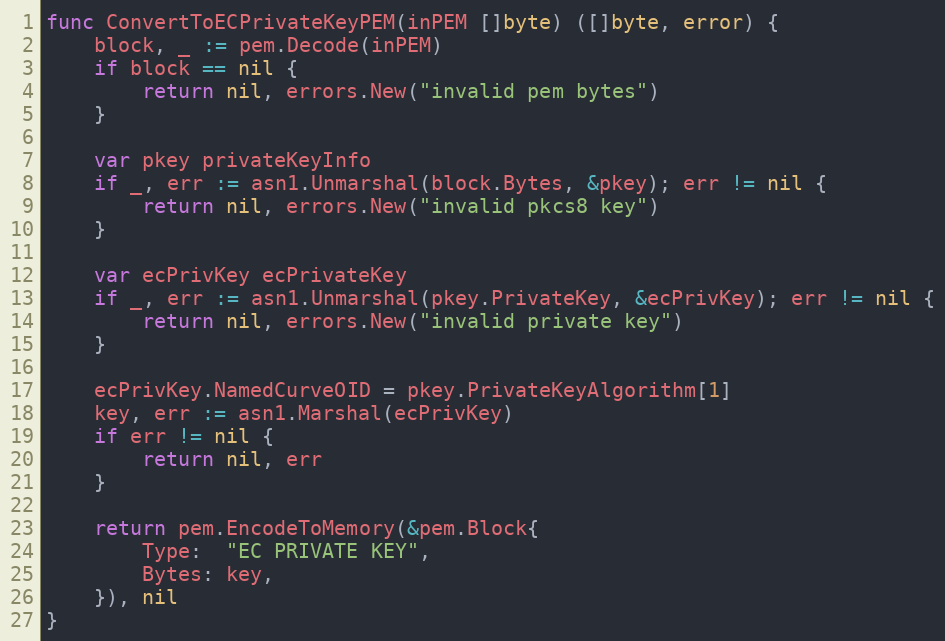
Language: Go
func ConvertToECPrivateKeyPEM(inPEM []byte) ([]byte, error) {
	block, _ := pem.Decode(inPEM)
	if block == nil {
		return nil, errors.New("invalid pem bytes")
	}

	var pkey privateKeyInfo
	if _, err := asn1.Unmarshal(block.Bytes, &pkey); err != nil {
		return nil, errors.New("invalid pkcs8 key")
	}

	var ecPrivKey ecPrivateKey
	if _, err := asn1.Unmarshal(pkey.PrivateKey, &ecPrivKey); err != nil {
		return nil, errors.New("invalid private key")
	}

	ecPrivKey.NamedCurveOID = pkey.PrivateKeyAlgorithm[1]
	key, err := asn1.Marshal(ecPrivKey)
	if err != nil {
		return nil, err
	}

	return pem.EncodeToMemory(&pem.Block{
		Type:  "EC PRIVATE KEY",
		Bytes: key,
	}), nil
}